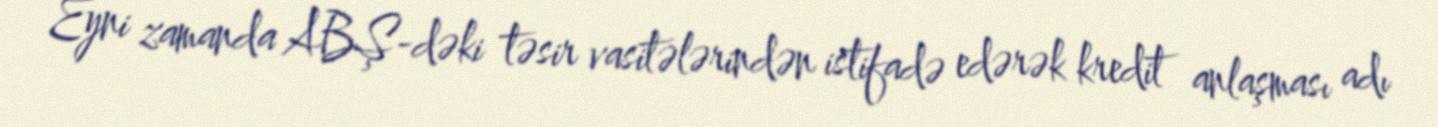
Eyni zamanda ABŞ-dəki təsir vasitələrindən istifadə edərək kredit anlaşması adı